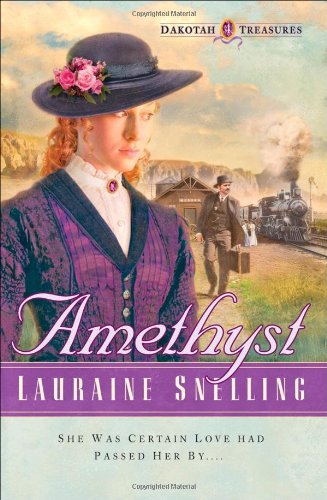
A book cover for Amethyst (Dakotah Treasures #4); Lauraine Snelling; Romance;